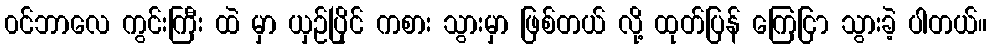
၀င်ဘာလေ ကွင်းကြီး ထဲ မှာ ယှဉ်ပြိုင် ကစား သွားမှာ ဖြစ်တယ် လို့ ထုတ်ပြန် ကြေငြာ သွားခဲ့ ပါတယ်။